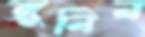
জুনিন